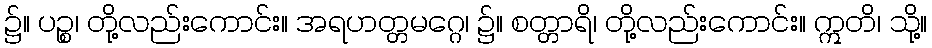
၌။ ပဉ္စ၊ တို့လည်းကောင်း။ အရဟတ္တမဂ္ဂေ၊ ၌။ စတ္တာရိ၊ တို့လည်းကောင်း။ ဣတိ၊ သို့။